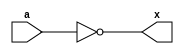
`timescale 1ns/1ns

module not_bit(a, x); // define the module, definition of input and output

input a;
output x;

assign x = ~a;

endmodule // end module